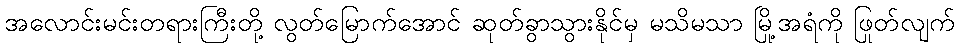
အလောင်းမင်းတရားကြီးတို့ လွတ်မြောက်အောင် ဆုတ်ခွာသွားနိုင်မှ မသိမသာ မြို့အရံကို ဖြုတ်လျက်